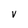
Character: v